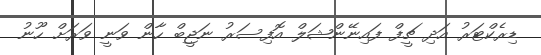
ޑިރެކްޓަރު އަދި ޗީފް ފައިނޭންޝަލް އޮފިސަރު ނަޖީބް ހާން ވަނީ ވަރަށް ހޫނު